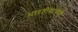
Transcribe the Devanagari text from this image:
भारतीयांचाही